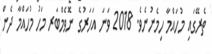
ތެރޭގައި މުހައްމާ ހިމެނުނެވެ. 2018 ވަނަ އަހަރުގެ ނޮވެމްބަރ މަހު މުހައްމާ ދެން